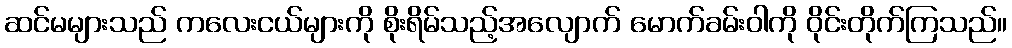
ဆင်မများသည် ကလေးငယ်များကို စိုးရိမ်သည့်အလျောက် မောက်ခမ်းဝါကို ဝိုင်းတိုက်ကြသည်။